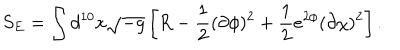
S _ { E } = \int d ^ { 1 0 } x \sqrt { - g } \left[ R - \frac { 1 } { 2 } ( \partial \phi ) ^ { 2 } + \frac { 1 } { 2 } e ^ { 2 \phi } ( \partial \chi ) ^ { 2 } \right] .